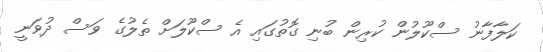
ކަލާފާނު ސްކޫލުން ކުރިން ބުނި ގޮތުގައި އެ ސްކޫލަށް ތެލުގެ ވަސް ދުވަނީ